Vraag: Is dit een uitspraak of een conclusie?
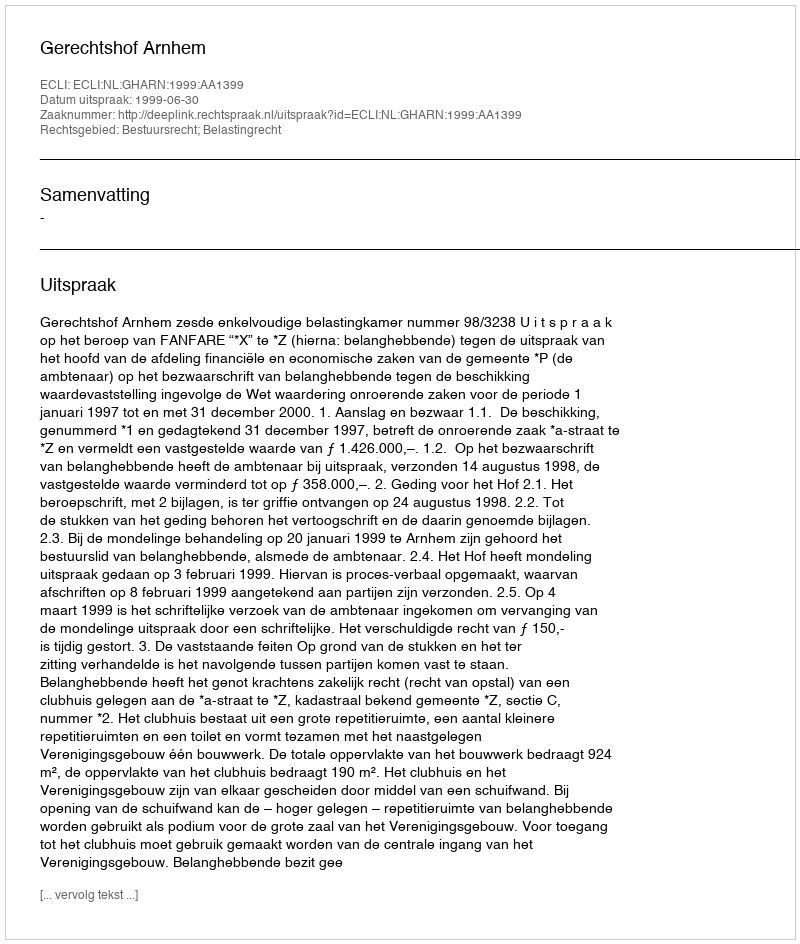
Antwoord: Uitspraak